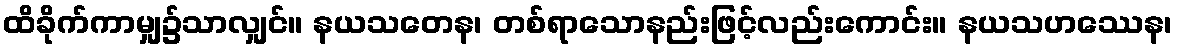
ထိခိုက်ကာမျှ၌သာလျှင်။ နယသတေန၊ တစ်ရာသောနည်းဖြင့်လည်းကောင်း။ နယသဟဿေန၊